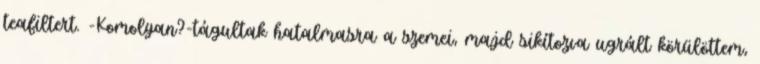
teafiltert. -Komolyan?-tágultak hatalmasra a szemei, majd sikítozva ugrált körülöttem,